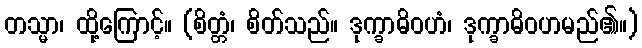
တသ္မာ၊ ထို့ကြောင့်။ (စိတ္တံ၊ စိတ်သည်။ ဒုက္ခာဓိဝဟံ၊ ဒုက္ခာဓိဝဟမည်၏။)